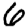
Digit: 6